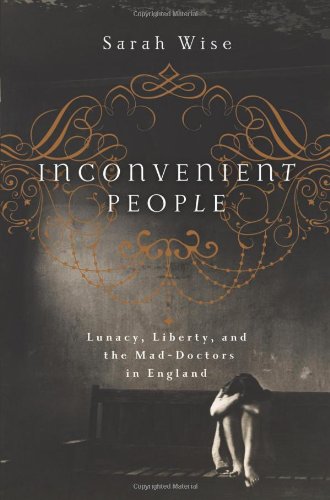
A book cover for Inconvenient People: Lunacy, Liberty, and the Mad-Doctors in England; Sarah Wise; Law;